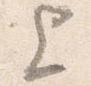
上